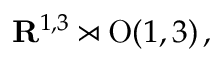
\mathbf { R } ^ { 1 , 3 } \rtimes \mathrm { O } ( 1 , 3 ) \, ,